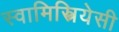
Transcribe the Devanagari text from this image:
स्वामिस्त्रियेसी